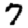
Digit: 7